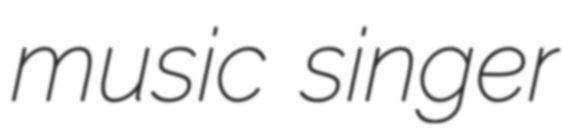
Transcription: music singer